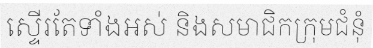
ស្ទើរតែទាំងអស់ និងសមាជិកក្រុមជំនុំ